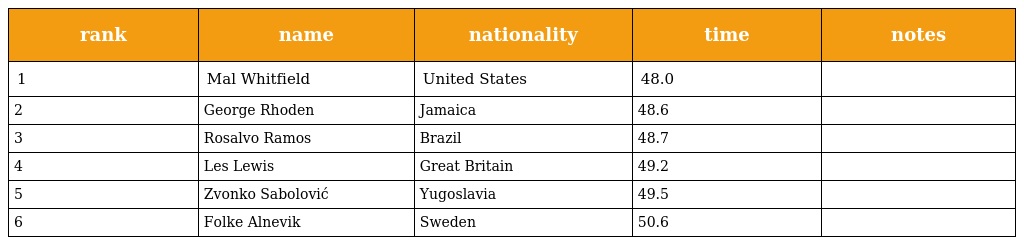
| rank | name | nationality | time | notes |
 | --- | --- | --- | --- | --- |
 | 1 | Mal Whitfield | United States | 48.0 |  |
 | 2 | George Rhoden | Jamaica | 48.6 |  |
 | 3 | Rosalvo Ramos | Brazil | 48.7 |  |
 | 4 | Les Lewis | Great Britain | 49.2 |  |
 | 5 | Zvonko Sabolović | Yugoslavia | 49.5 |  |
 | 6 | Folke Alnevik | Sweden | 50.6 |  |